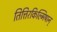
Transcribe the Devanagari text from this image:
तित्तिरकिल्मिषान्